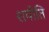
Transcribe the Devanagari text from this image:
शयीति